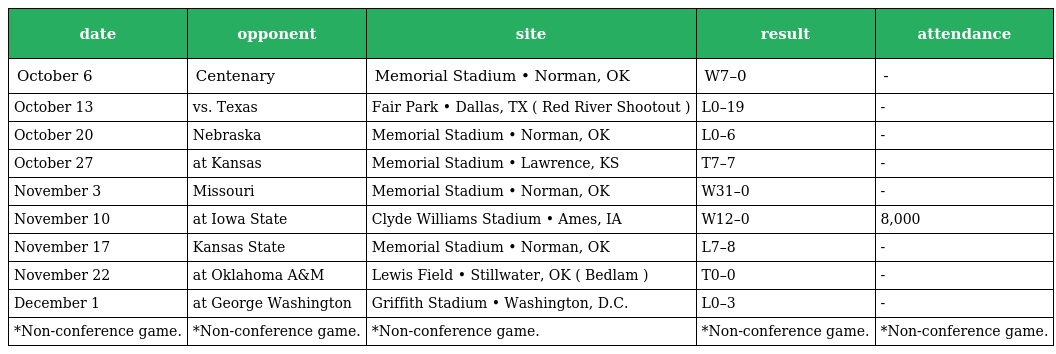
| date | opponent | site | result | attendance |
 | --- | --- | --- | --- | --- |
 | October 6 | Centenary | Memorial Stadium • Norman, OK | W7–0 | - |
 | October 13 | vs. Texas | Fair Park • Dallas, TX ( Red River Shootout ) | L0–19 | - |
 | October 20 | Nebraska | Memorial Stadium • Norman, OK | L0–6 | - |
 | October 27 | at Kansas | Memorial Stadium • Lawrence, KS | T7–7 | - |
 | November 3 | Missouri | Memorial Stadium • Norman, OK | W31–0 | - |
 | November 10 | at Iowa State | Clyde Williams Stadium • Ames, IA | W12–0 | 8,000 |
 | November 17 | Kansas State | Memorial Stadium • Norman, OK | L7–8 | - |
 | November 22 | at Oklahoma A&M | Lewis Field • Stillwater, OK ( Bedlam ) | T0–0 | - |
 | December 1 | at George Washington | Griffith Stadium • Washington, D.C. | L0–3 | - |
 | *Non-conference game. | *Non-conference game. | *Non-conference game. | *Non-conference game. | *Non-conference game. |